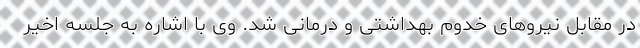
در مقابل نیروهای خدوم بهداشتی و درمانی شد. وی با اشاره به جلسه اخیر